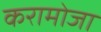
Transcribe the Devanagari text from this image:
करामोजा